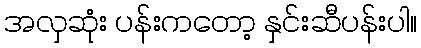
အလှဆုံး ပန်းကတော့ နှင်းဆီပန်းပါ။